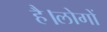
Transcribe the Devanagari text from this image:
है।लोगों